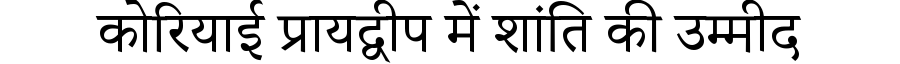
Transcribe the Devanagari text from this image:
कोरियाई प्रायद्वीप में शांति की उम्मीद